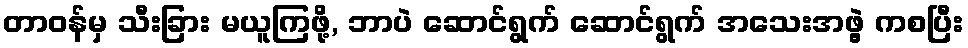
တာဝန်မှ သီးခြား မယူကြဖို့, ဘာပဲ ဆောင်ရွက် ဆောင်ရွက် အသေးအဖွဲ့ ကစပြီး